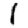
Digit: 1